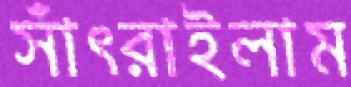
সাঁৎরাইলাম